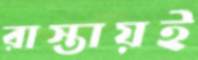
রাস্তায়ই